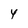
Character: y